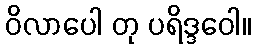
ဝိလာပေါ တု ပရိဒ္ဒဝေါ။